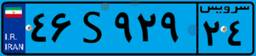
۶۹S۱۱۲۳۹